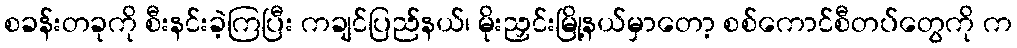
စခန်းတခုကို စီးနင်းခဲ့ကြပြီး ကချင်ပြည်နယ်၊ မိုးညှင်းမြို့နယ်မှာတော့ စစ်ကောင်စီတပ်တွေကို က